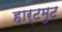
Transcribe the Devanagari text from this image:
हार्टमुट